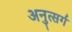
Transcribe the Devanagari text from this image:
अनुत्सर्ग